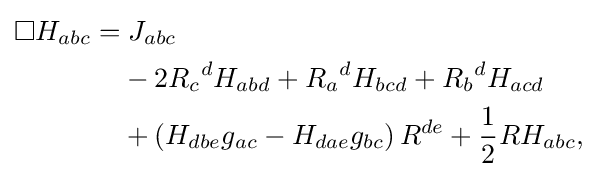
{\begin{aligned}\Box H_{abc}=&\;J_{abc}\\&{}-2{R_{c}}^{d}H_{abd}+{R_{a}}^{d}H_{bcd}+{R_{b}}^{d}H_{acd}\\&{}+\left(H_{dbe}g_{ac}-H_{dae}g_{bc}\right)R^{de}+{\frac {1}{2}}RH_{abc},\end{aligned}}